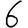
Digit: 6